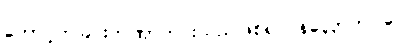
တောင့်တခြင်းတဏှာကင်းသည်ဖြစ်၍။ နိလ္လောဘပါပေါ၊